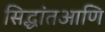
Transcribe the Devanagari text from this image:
सिद्धांतआणि